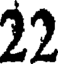
22